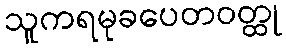
သူကရမုခပေတဝတ္ထု